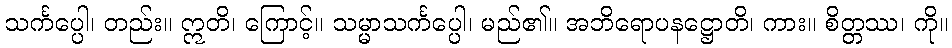
သင်္ကပ္ပေါ၊ တည်း။ ဣတိ၊ ကြောင့်။ သမ္မာသင်္ကပ္ပေါ၊ မည်၏။ အဘိရောပနဋ္ဌောတိ၊ ကား။ စိတ္တဿ၊ ကို။